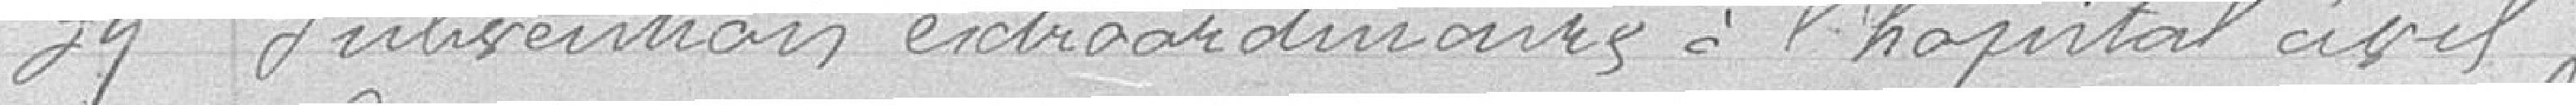
39 Subvention extraordinaire à l'hôpital civil